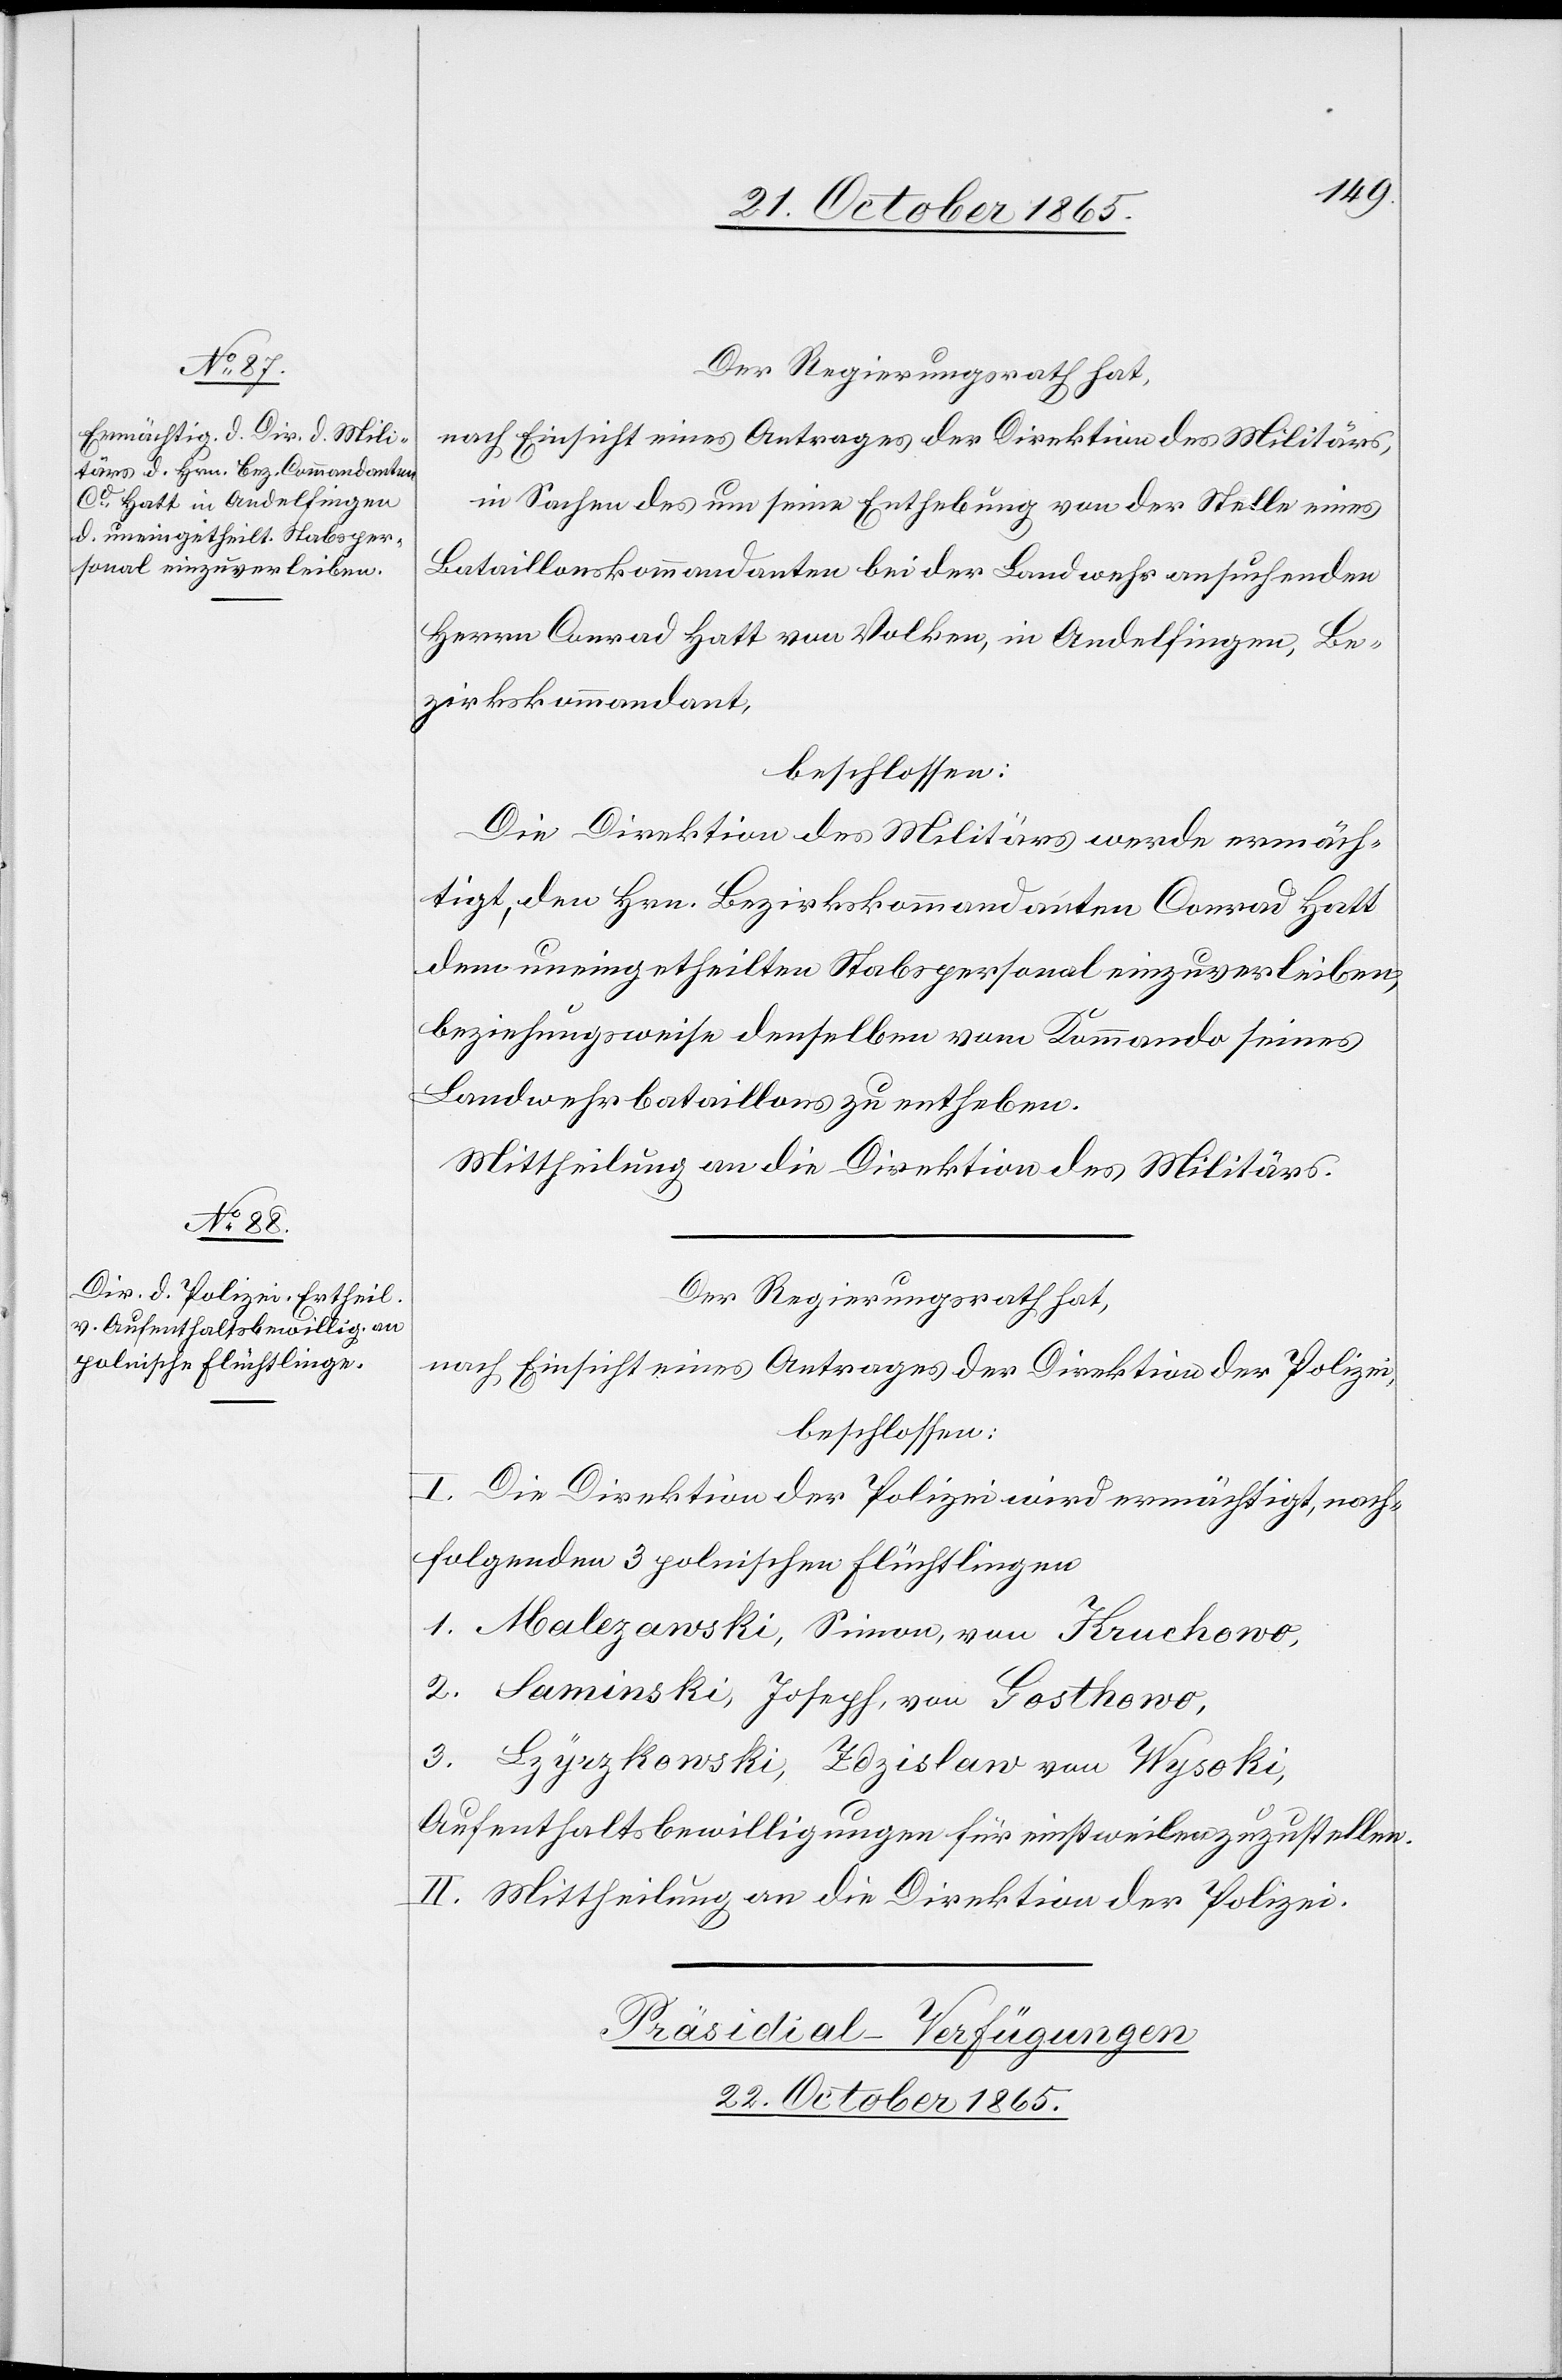
Der Regierungsrath hat,
nach Einsicht eines Antrages der Direktion des Militärs,
in Sachen des um seine Enthebung von der Stelle eines
Bataillonskommandanten bei der Landwehr ansuchenden
Herrn Conrad Hatt von Volken, in Andelfingen, Be¬
zirkskommandant,
beschlossen:
Die Direktion des Militärs werde ermäch¬
tigt, den Hrn. Bezirkskommandanten Conrad Hatt
dem uneingetheilten Stabspersonal einzuverleiben,
beziehungsweise denselben vom Kommando seines
Landwehrbataillons zu entheben.
Mittheilung an die Direktion des Militärs.
Der Regierungsrath hat,
nach Einsicht eines Antrages der Direktion der Polizei,
beschlossen:
I. Die Direktion der Polizei wird ermächtigt, nach¬
folgenden 3 polnischen Flüchtlingen
1. Malezanski, Simon, von Kruchowo,
2. Saminski, Joseph, von Gosthowo,
3. Lzyrzkowski, Zdzislaw von Wysoki,
Aufenthaltsbewilligungen für einstweilen zuzustellen.
II. Mittheilung an die Direktion der Polizei.